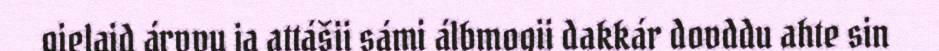
gielaid árvvu ja attášii sámi álbmogii dakkár dovddu ahte sin